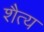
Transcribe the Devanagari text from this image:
शैत्य